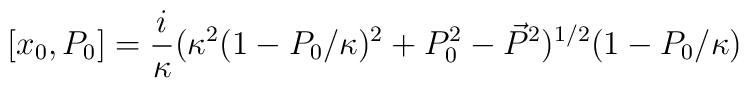
[x_{0},P_{0}]=\frac{i}{\kappa}(\kappa^{2}(1-P_{0}/\kappa)^{2}+P_{0}^{2}-\vec{P}^{2})^{1/2}(1-P_{0}/\kappa)